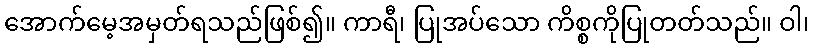
အောက်မေ့အမှတ်ရသည်ဖြစ်၍။ ကာရီ၊ ပြုအပ်သော ကိစ္စကိုပြုတတ်သည်။ ဝါ၊